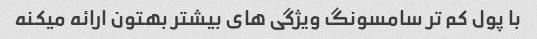
با پول کم تر سامسونگ ویژگی های بیشتر بهتون ارائه میکنه